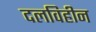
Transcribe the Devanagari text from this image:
दलविहीन